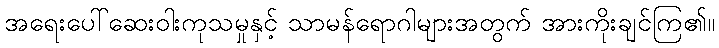
အရေးပေါ်ဆေးဝါးကုသမှုနှင့် သာမန်ရောဂါများအတွက် အားကိုးချင်ကြ၏။